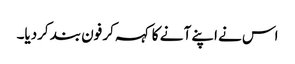
اس نے اپنے آ نے کا کہہ کر فون بند کردیا۔